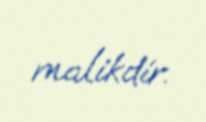
malikdir.